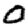
Digit: 0